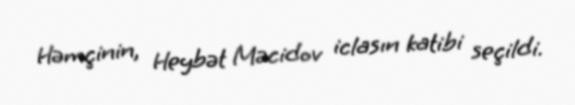
Həmçinin, Heybət Məcidov iclasın katibi seçildi.